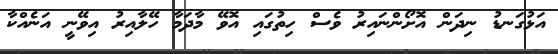
އަޅުގަނޑު ނިދަން އޮށޯންނައިރު ވެސް ހިތުގައި އޮވޭ މާދަމާ ހޭލާއިރު އިވޭނީ އަނެއްކާ